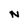
Character: N